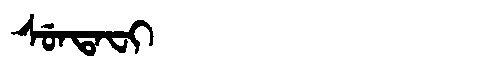
Manchu: ᠰᡠᠨᡨᠠᠸᡳ
Romanization: SUNTAFI